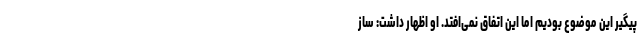
پیگیرِ این موضوع بودیم اما این اتفاق نمی‌افتد. او اظهار داشت: ساز